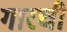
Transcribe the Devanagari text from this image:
गारची